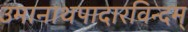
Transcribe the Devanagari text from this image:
उमानाथपादारविन्दम्